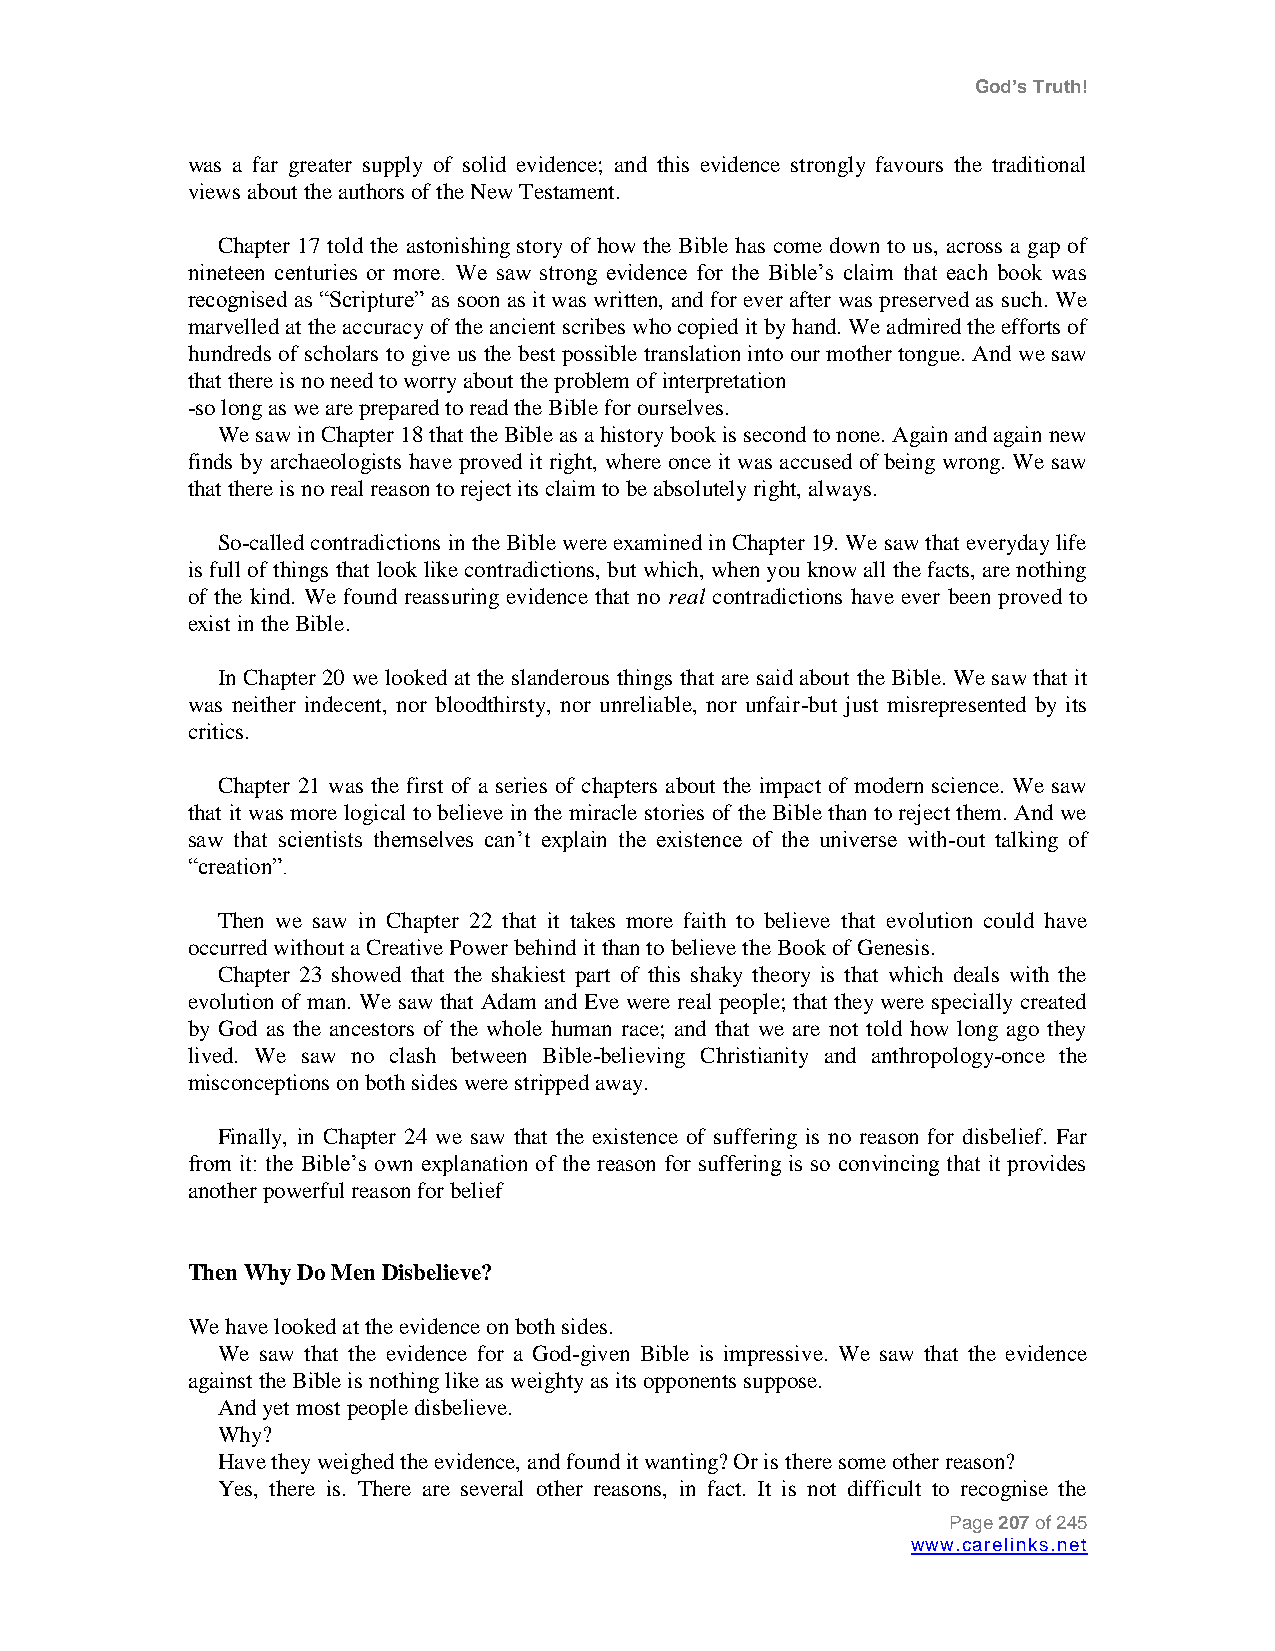
God’s Truth!
 was a far greater supply of solid evidence; and this evidence strongly favours the traditional
 views about the authors of the New Testament.
 Chapter 17 told the astonishing story of how the Bible has come down to us, across a gap of
 nineteen centuries or more. We saw strong evidence for the Bible‟s claim that each book was
 recognised as “Scripture” as soon as it was written, and for ever after was preserved as such. We
 marvelled at the accuracy of the ancient scribes who copied it by hand. We admired the efforts of
 hundreds of scholars to give us the best possible translation into our mother tongue. And we saw
 that there is no need to worry about the problem of interpretation
 -so long as we are prepared to read the Bible for ourselves.
 We saw in Chapter 18 that the Bible as a history book is second to none. Again and again new
 finds by archaeologists have proved it right, where once it was accused of being wrong. We saw
 that there is no real reason to reject its claim to be absolutely right, always.
 So-called contradictions in the Bible were examined in Chapter 19. We saw that everyday life
 is full of things that look like contradictions, but which, when you know all the facts, are nothing
 of the kind. We found reassuring evidence that no real contradictions have ever been proved to
 exist in the Bible.
 In Chapter 20 we looked at the slanderous things that are said about the Bible. We saw that it
 was neither indecent, nor bloodthirsty, nor unreliable, nor unfair-but just misrepresented by its
 critics.
 Chapter 21 was the first of a series of chapters about the impact of modern science. We saw
 that it was more logical to believe in the miracle stories of the Bible than to reject them. And we
 saw that scientists themselves can‟t explain the existence of the universe with-out talking of
 “creation”.
 Then we saw in Chapter 22 that it takes more faith to believe that evolution could have
 occurred without a Creative Power behind it than to believe the Book of Genesis.
 Chapter 23 showed that the shakiest part of this shaky theory is that which deals with the
 evolution of man. We saw that Adam and Eve were real people; that they were specially created
 by God as the ancestors of the whole human race; and that we are not told how long ago they
 lived. We saw no clash between Bible-believing Christianity and anthropology-once the
 misconceptions on both sides were stripped away.
 Finally, in Chapter 24 we saw that the existence of suffering is no reason for disbelief. Far
 from it: the Bible‟s own explanation of the reason for suffering is so convincing that it provides
 another powerful reason for belief
 Then Why Do Men Disbelieve?
 We have looked at the evidence on both sides.
 We saw that the evidence for a God-given Bible is impressive. We saw that the evidence
 against the Bible is nothing like as weighty as its opponents suppose.
 And yet most people disbelieve.
 Why?
 Have they weighed the evidence, and found it wanting? Or is there some other reason?
 Yes, there is. There are several other reasons, in fact. It is not difficult to recognise the
 Page 207 of 245
 www.carelinks.net